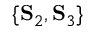
\{ \mathbf { S } _ { 2 } , \mathbf { S } _ { 3 } \}